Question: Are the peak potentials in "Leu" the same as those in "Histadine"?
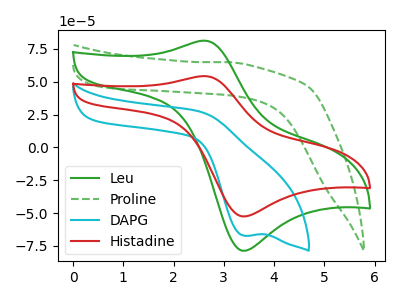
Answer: <think>The green curve "Leu" has an anodic peak at (2.60V, 81.15uA) and a cathodic peak at (3.35V, -78.60uA). The green dashed curve "Proline" has no peaks. The cyan curve "DAPG" has a cathodic peak at: (3.40V, -67.25uA). The red curve "Histadine" has an anodic peak at (2.60V, 54.20uA) and a cathodic peak at (3.35V, -52.50uA).</think>
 <answer>Yes, "Leu" have a peak in "Histadine" at the same potential.</answer>
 <eval>match</eval>